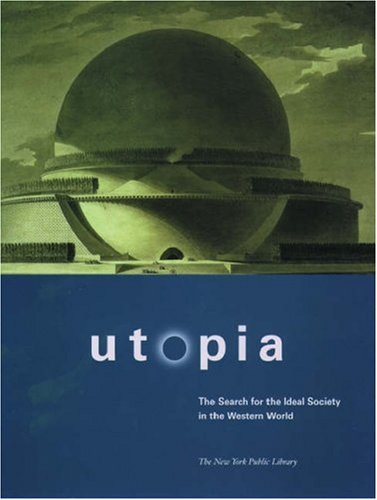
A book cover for Utopia: The Search for the Ideal Society in the Western World; The New York Public Library; Politics & Social Sciences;